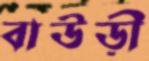
বাউড়ী